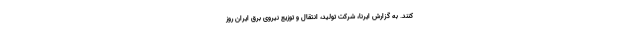
کنند. به گزارش ایرنا، شرکت تولید، انتقال و توزیع نیروی برق ایران روز